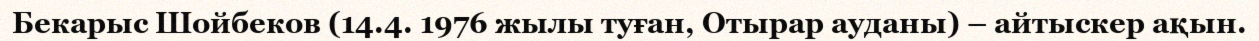
Бекарыс Шойбеков (14.4. 1976 жылы туған, Отырар ауданы) – айтыскер ақын.